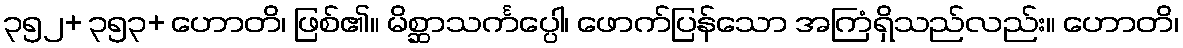
၃၅၂+ ၃၅၃+ ဟောတိ၊ ဖြစ်၏။ မိစ္ဆာသင်္ကပ္ပေါ၊ ဖောက်ပြန်သော အကြံရှိသည်လည်း။ ဟောတိ၊